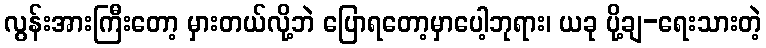
လွန်းအားကြီးတော့ မှားတယ်လို့ဘဲ ပြောရတော့မှာပေါ့ဘုရား၊ ယခု ပို့ချ-ရေးသားတဲ့